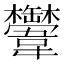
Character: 𩏴